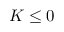
K \leq 0